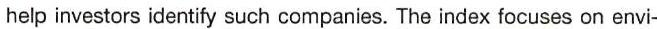
help investors identify such companies. The index focuses on envi-